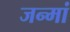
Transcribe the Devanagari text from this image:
जन्मां